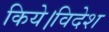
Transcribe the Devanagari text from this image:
किये।विदेश